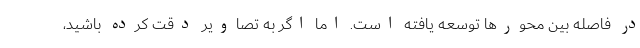
در فاصله بین محورها توسعه یافته است. اما اگر به تصاویر دقت کرده باشید،